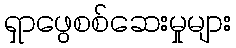
ရှာဖွေစစ်ဆေးမှုများ